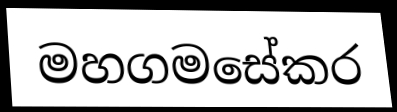
මහගමසේකර